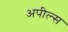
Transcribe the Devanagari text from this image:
अपील्‍स